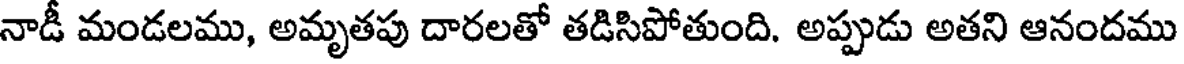
నాడీ మండలము, అమృతపు దారలతో తడిసిపోతుంది. అప్పుడు అతని ఆనందము